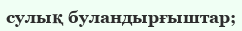
сулық буландырғыштар;